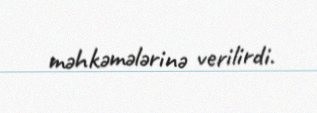
məhkəmələrinə verilirdi.